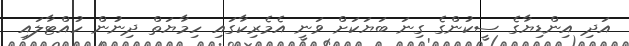
އަދި އިންޑިޔާގެ ސީކުންގެ ގިނަ ބަޔަކަށް ވަނީ އެމެރިކާގައި ހިމާޔަތް ދިނުން ހުއްޓާލައި